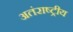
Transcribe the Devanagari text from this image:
अतंराष्ट्रीय